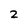
Character: 2